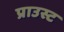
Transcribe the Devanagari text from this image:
प्राउस्ट